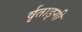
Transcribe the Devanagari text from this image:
र्वृताङ्गी